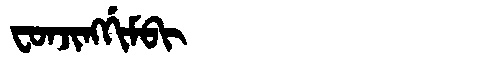
Manchu: ᠸᠣᠨᠵᡳᠩᡤᡳᠮᠪᡳ
Romanization: FONJINGGIMBI